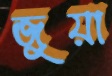
জুয়া